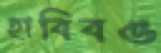
হাবিবও